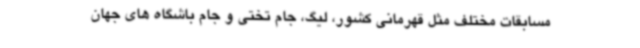
مسابقات مختلف مثل قهرمانی کشور، لیگ، جام تختی و جام باشگاه های جهان